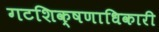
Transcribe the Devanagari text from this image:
गटशिक्षणाधिकारी